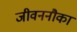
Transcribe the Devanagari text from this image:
जीवननौका